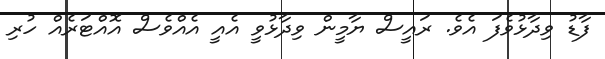
ފާޑު ވިދާޅުވެފަ އެވެ. ރައީސް ޔާމީން ވިދާޅުވީ އެއީ އެއްވެސް އޮއްޓަރެއް ހުރި